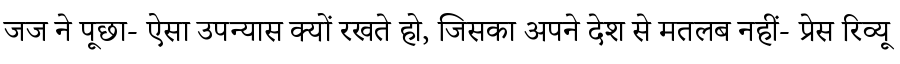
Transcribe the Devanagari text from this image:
जज ने पूछा- ऐसा उपन्यास क्यों रखते हो, जिसका अपने देश से मतलब नहीं- प्रेस रिव्यू